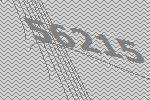
56215